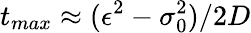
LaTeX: t_{max}\approx(\epsilon^{2}-\sigma_{0}^{2})/2D